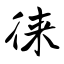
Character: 徕